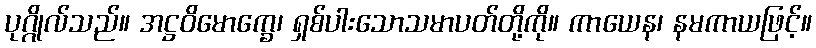
ပုဂ္ဂိုလ်သည်။ အဋ္ဌဝိမောက္ခေ၊ ရှစ်ပါးသောသမာပတ်တို့ကို။ ကာယေန၊ နမကာယဖြင့်။